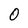
Character: O